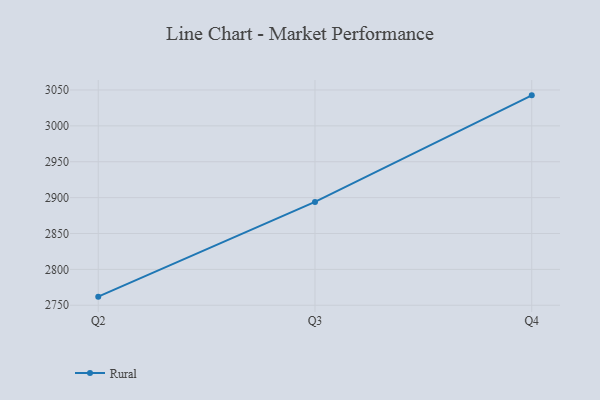
{"axis": {"x": "Quarter", "y": "Waste Production (Tons)"}, "legend": ["Rural"], "data": [{"x": "Q2", "y": 2762.0, "type": "Rural"}, {"x": "Q3", "y": 2894.0, "type": "Rural"}, {"x": "Q4", "y": 3042.5, "type": "Rural"}]}